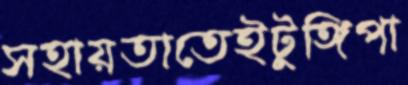
সহায়তাতেইটুঙ্গিপা